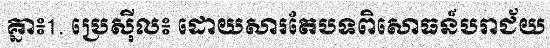
គ្នា៖1. ប្រេស៊ីល៖ ដោយសារតែបទពិសោធន៍បរាជ័យ